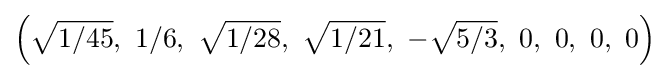
\left({\sqrt {1/45}},\ 1/6,\ {\sqrt {1/28}},\ {\sqrt {1/21}},\ -{\sqrt {5/3}},\ 0,\ 0,\ 0,\ 0\right)